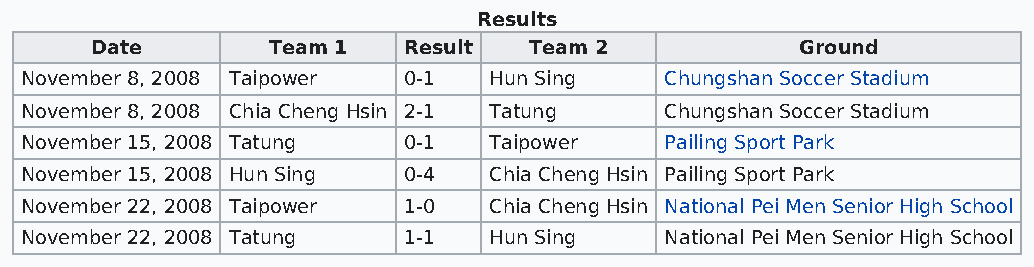
Results
 Date        Team 1   Result  Team 2            Ground
 November 8, 2008 Taipower 0-1  Hun Sing    Chungshan Soccer Stadium
 November 8, 2008 Chia Cheng Hsin 2-1 Tatung Chungshan Soccer Stadium
 November 15, 2008 Tatung  0-1  Taipower    Pailing Sport Park
 November 15, 2008 Hun Sing 0-4 Chia Cheng Hsin Pailing Sport Park
 November 22, 2008 Taipower 1-0 Chia Cheng Hsin National Pei Men Senior High School
 November 22, 2008 Tatung  1-1  Hun Sing    National Pei Men Senior High School